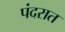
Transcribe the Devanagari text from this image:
पंदरात